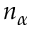
n _ { \alpha }